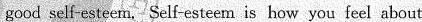
is having good self-esteem.Self-esteem is how you feel about